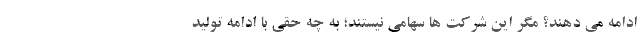
ادامه می دهند؟ مگر این شرکت ها سهامی نیستند؛ به چه حقی با ادامه تولید